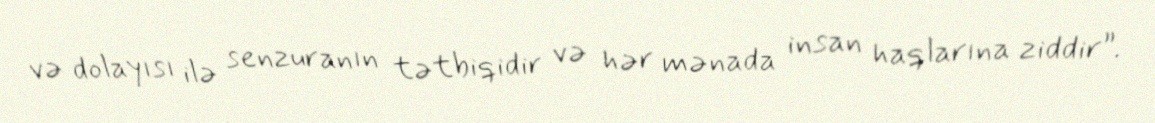
və dolayısı ilə senzuranın tətbiqidir və hər mənada insan haqlarına ziddir”.